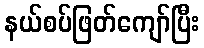
နယ်စပ်ဖြတ်ကျော်ပြီး